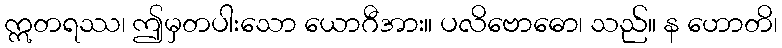
ဣတရဿ၊ ဤမှတပါးသော ယောဂီအား။ ပလိဗောဓော၊ သည်။ န ဟောတိ၊